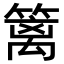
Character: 篱